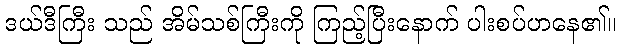
ဒယ်ဒီကြီး သည် အိမ်သစ်ကြီးကို ကြည့်ပြီးနောက် ပါးစပ်ဟနေ၏။